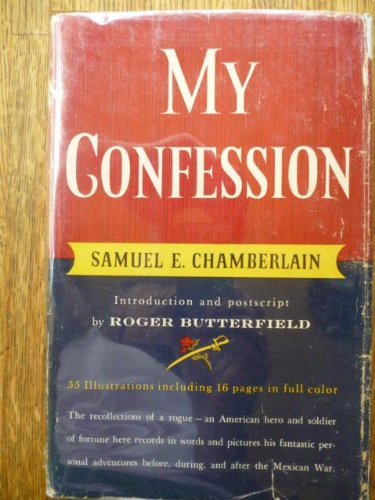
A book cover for My Confession; Samuel E Chamberlain; History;